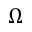
\Omega